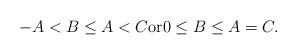
LaTeX: \begin{align*}-A < B \leq A < C \mbox{or} 0 \leq B \leq A = C.\end{align*}